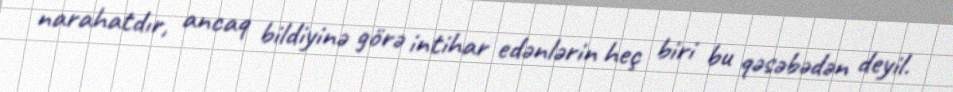
narahatdır, ancaq bildiyinə görə intihar edənlərin heç biri bu qəsəbədən deyil.